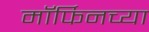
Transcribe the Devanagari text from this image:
मॉर्फिनच्या